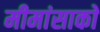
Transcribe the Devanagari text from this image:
मीमांसाकाे